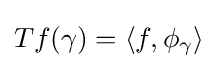
Tf(\gamma )=\left\langle f,\phi _{\gamma }\right\rangle